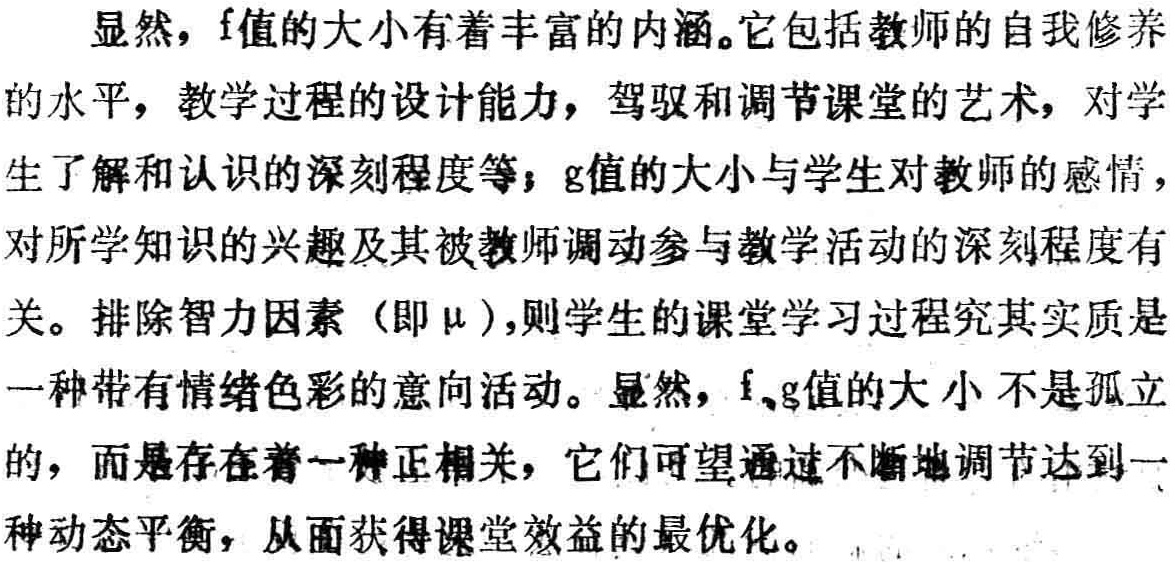
显然，$f$值的大小有着丰富的内涵。它包括教师的自我修养的水平，教学过程的设计能力，驾驭和调节课堂的艺术，对学生了解和认识的深刻程度等；$g$值的大小与学生对教师的感情，对所学知识的兴趣及其被教师调动参与教学活动的深刻程度有关。排除智力因素（即$\mu$），则学生的课堂学习过程究其实质是一种带有情绪色彩的意向活动。显然，$f$、$g$值的大小不是孤立的，而是存在着一种正相关，它们可望通过不断地调节达到一种动态平衡，从而获得课堂效益的最优化。